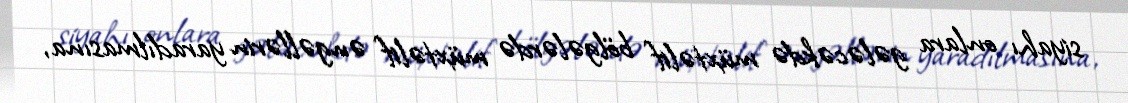
siyahı onlara gələcəkdə müxtəlif bölgələrdə müxtəlif əngəllərin yaradılmasına,